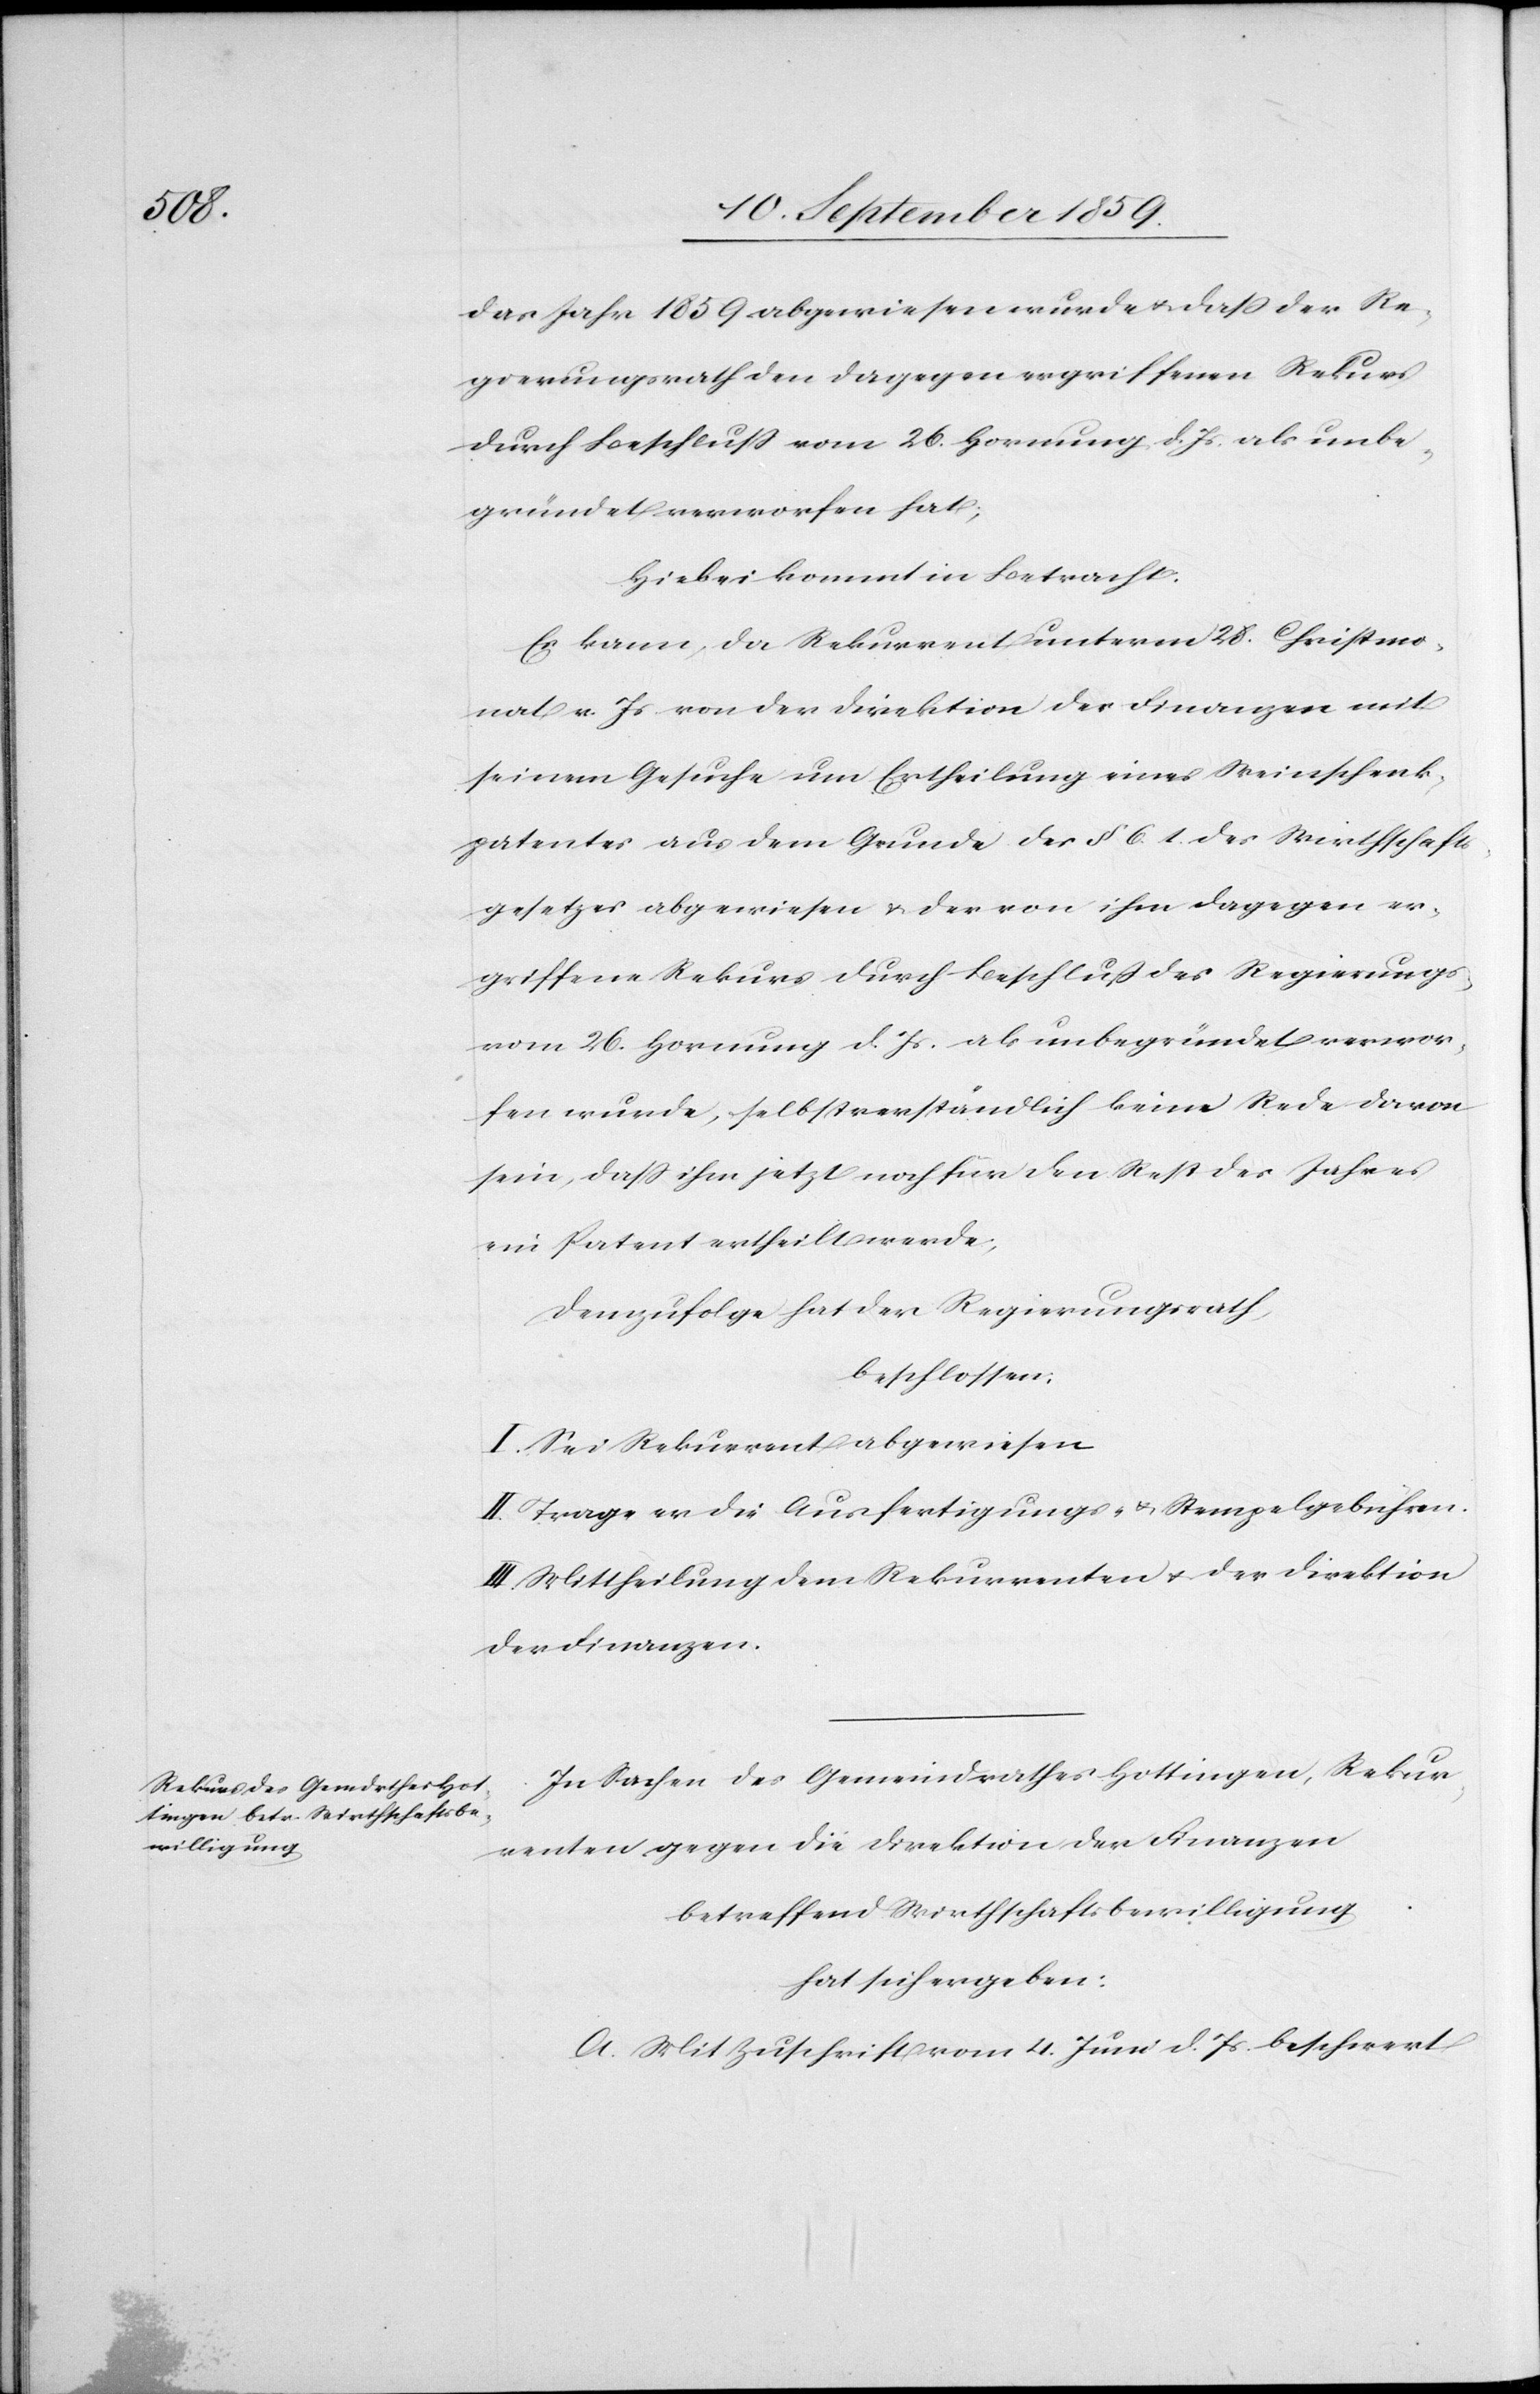
das Jahr 1859 abgewiesen wurde & daß der Re¬
gierungsrath den dagegen ergriffenen Rekurs
durch Beschluß vom 26. Hornung d. Js. als unbe¬
gründet verworfen hat;
Hiebei kommt in Betracht:
Es kann, da Rekurrent unterm 28. Christmo¬
nat v. Js. von der Direktion der Finanzen mit
seinem Gesuche um Ertheilung eines Weinschenk¬
patentes aus dem Grunde des § 6. 1. des Wirthschafts¬
gesetzes abgewiesen & der von ihm dagegen er¬
griffene Rekurs durch Beschluß des Regierungs
vom 26. Hornung d. Js. als unbegründet verwor¬
fen wurde, selbstverständlich keine Rede davon
sein, daß ihm jetzt noch für den Rest des Jahres
ein Patent ertheilt werde,
Demzufolge hat der Regierungsrath,
beschlossen:
I. Sei Rekurrent abgewiesen
II. Trage er die Ausfertigungs- & Stempelgebühren.
III. Mittheilung dem Rekurrenten & der Direktion
der Finanzen.
In Sachen des Gemeindrathes Hottingen, Rekur¬
renten gegen die Direktion der Finanzen
betreffend Wirthschaftsbewilligung
hat sich ergeben:
A. Mit Zuschrift vom 4. Juni d. Js. beschwert